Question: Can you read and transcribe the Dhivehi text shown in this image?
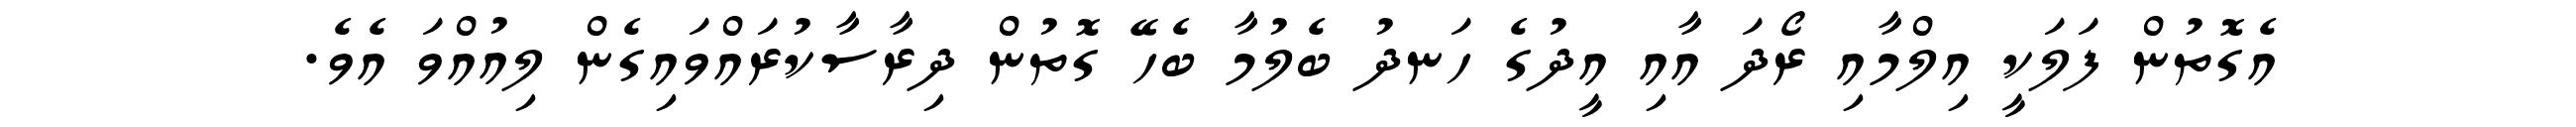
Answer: އެގޮތުން ފަލަކީ އިލްމާއި ރޯދަ އާއި އީދުގެ ހަނދު ބެލުމާ ބެހޭ ގޮތުން ދިރާސާކުރައްވައިގެން ލިއުއްވަ އެވެ.